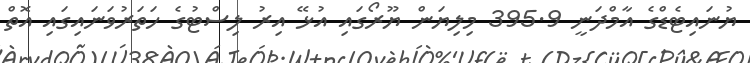
ޔުނައިޓެޑްގެ އާމްދަނީ 395.9 މިލިޔަން ޔޫރޯގައި އުޅޭ އިރު ލިސްޓުގެ ހަތަރުވަނައިގައި އޮތް